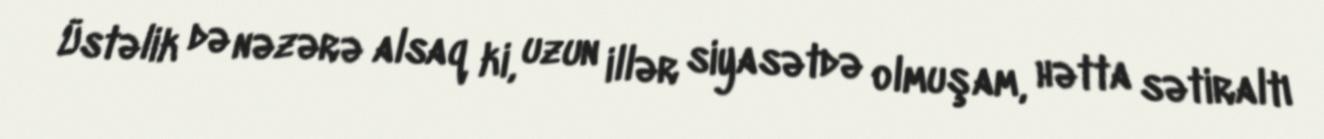
Üstəlik də nəzərə alsaq ki, uzun illər siyasətdə olmuşam, hətta sətiraltı